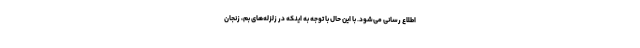
اطلاع رسانی می‌شود. با این حال با توجه به اینکه در زلزله‌های بم، زنجان